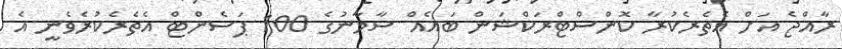
ރާއްޖެ އަށް އެތެރެކުރާ ކޮންސްޓްރަކްޝަން ބައެއް ސާމާނުގެ 100 ޕަސެންޓް އެތެރެކުރެވެނީ އެ